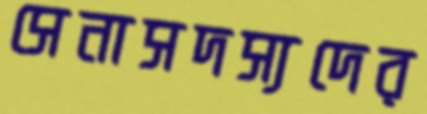
সেনাসদস্যদের